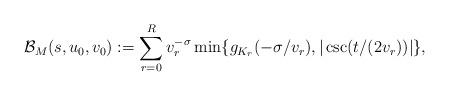
LaTeX: \begin{align*}\mathcal{B}_M(s,u_0,v_0):=\sum_{r=0}^R v_r^{-\sigma}\min\{g_{K_r}(-\sigma/v_r),|\csc(t/(2v_r))|\},\end{align*}